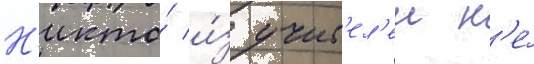
Н'икто́ и́з учит'ел'еи н'е́